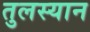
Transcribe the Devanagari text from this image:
तुलस्यान